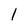
Character: 1